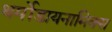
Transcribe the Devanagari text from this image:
थर्मोडायनामिक्‍स